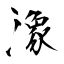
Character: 潒